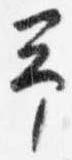
予